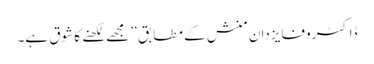
ڈاکٹر وفایزدان منش کے مطابق ’’مجھے لکھنے کا شوق ہے۔